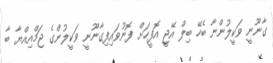
ގާނޫނީ ވަކީލުންނާ ބެހޭ ބިލް އޭޖީ އޮފީހަށް ފޮނުވައިފިގާނޫނީ ވަކީލުންގެ ޖަމްއިއްޔާ ބާ